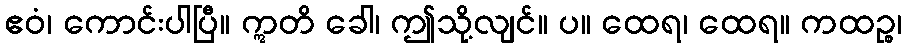
ဧဝံ၊ ကောင်းပါပြီ။ ဣတိ ခေါ၊ ဤသို့လျင်။ ပ။ ထေရ၊ ထေရ။ ကထဉ္စ၊